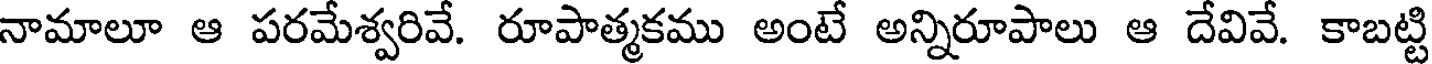
నామాలూ ఆ పరమేశ్వరివే. రూపాత్మకము అంటే అన్నిరూపాలు ఆ దేవివే. కాబట్టి